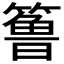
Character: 𱸧